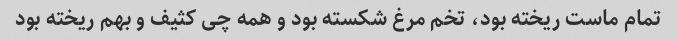
تمام ماست ریخته بود، تخم مرغ شکسته بود و همه چی کثیف و بهم ریخته بود